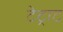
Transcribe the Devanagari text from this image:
टेट्राट